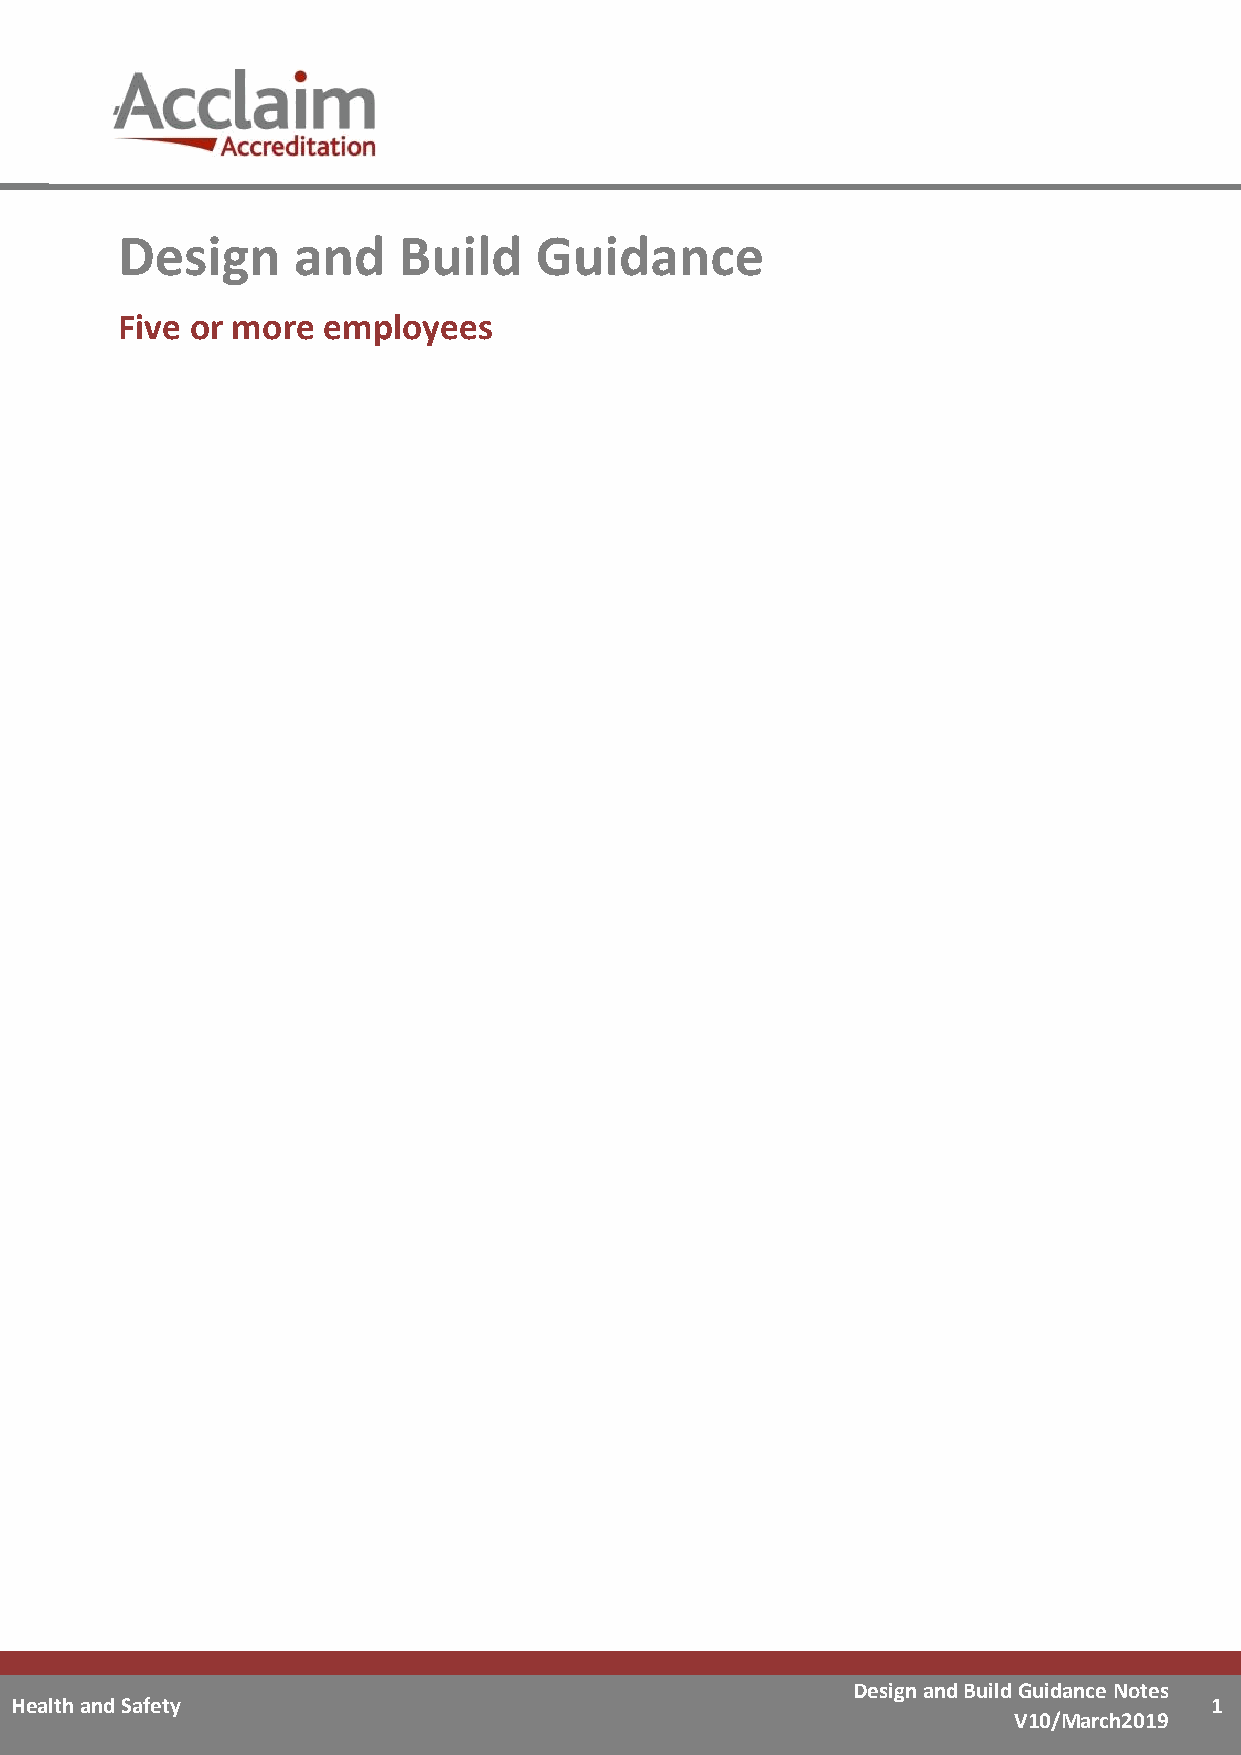
Design     and    Build    Guidance
 Five or more employees
 Design and Build Guidance Notes
 Health and Safety                                                              1
 V10/March2019